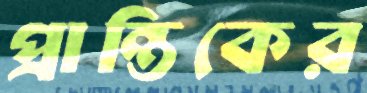
প্রান্তিকের